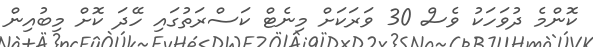
ކޮންމެ ދުވަހަކު ވެސް 30 ވަރަކަށް މިނެޓް ކަސްރަތުގައި ހޭދަ ކޮށް މިބުއިން